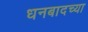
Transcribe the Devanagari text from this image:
धनबादच्या